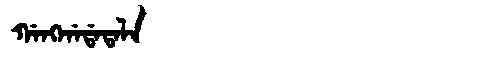
Manchu: ᡤᠠᠩᡤᠠᡩᠠᡨᠠᠯᠠ
Romanization: GANGGADATALA